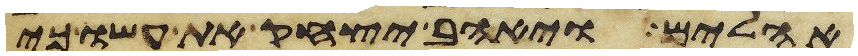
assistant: אהלים ויאהב יצחק את עשו כי